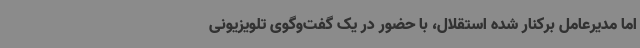
اما مدیرعامل برکنار شده استقلال، با حضور در یک گفت‌وگوی تلویزیونی